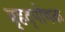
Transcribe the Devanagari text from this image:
बृहद्पोषक